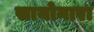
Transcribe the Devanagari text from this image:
सायोनारा